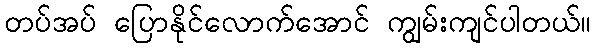
တပ်အပ် ပြောနိုင်လောက်အောင် ကျွမ်းကျင်ပါတယ်။